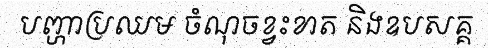
បញ្ហាប្រឈម ចំណុចខ្វះខាត និងឧបសគ្គ